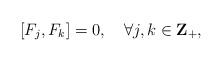
LaTeX: \begin{align*}[F_j,F_k]=0,\quad \forall j,k\in {\bf Z}_+,\end{align*}